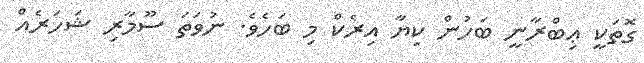
ގޮތަކީ ޢިބްރާނީ ބަހުން ކިޔާ އިރެކް މި ބަހެވެ. ނުވަތަ ސޫމާރި ޝަހަރެއް